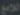
اللامع